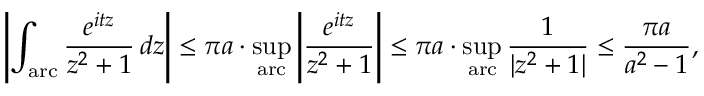
\left| \int _ { \mathrm { a r c } } { \frac { e ^ { i t z } } { z ^ { 2 } + 1 } } \, d z \right| \leq \pi a \cdot \operatorname* { s u p } _ { \mathrm { a r c } } \left| { \frac { e ^ { i t z } } { z ^ { 2 } + 1 } } \right| \leq \pi a \cdot \operatorname* { s u p } _ { \mathrm { a r c } } { \frac { 1 } { | z ^ { 2 } + 1 | } } \leq { \frac { \pi a } { a ^ { 2 } - 1 } } ,